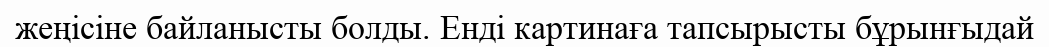
жеңісіне байланысты болды. Енді картинаға тапсырысты бұрынғыдай